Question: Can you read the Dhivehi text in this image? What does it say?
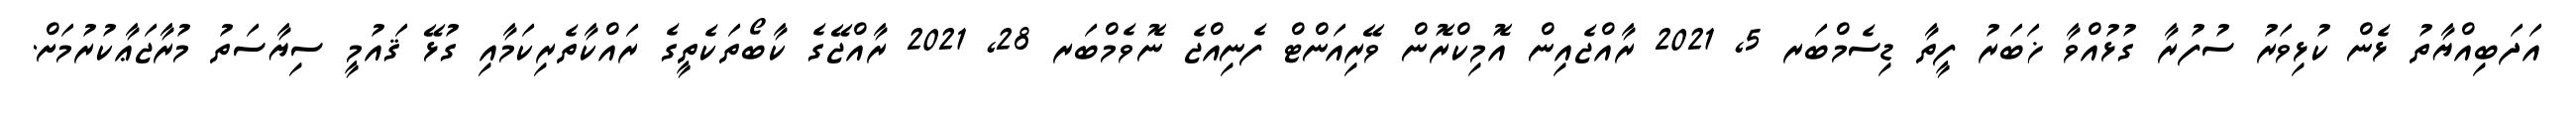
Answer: އަދަބިއްޔާތު ޅެން ކުޅިވަރު ސުފުރާ ގުޅުއްވާ ޚަބަރު ފީތާ ޑިސެމްބަރ 5, 2021 ރާއްޖެއިން އޮމިކްރޮން ވޭރިއަންޓް ފެނިއްޖެ ނޮވެމްބަރ 28, 2021 ރާއްޖޭގެ ކާބޯތަކެތީގެ ރައްކާތެރިކަމާއި ގުޅޭ ޤައުމީ ސިޔާސަތު މުރާޖަޢާކުރުމަށް.